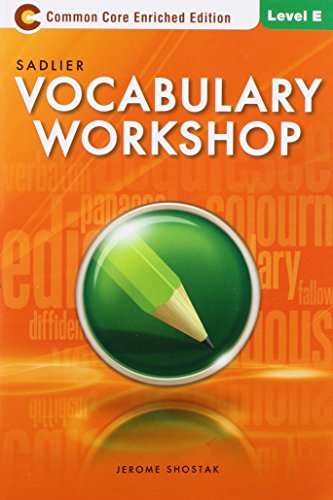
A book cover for Vocabulary Workshop: Enriched Edition: Student Edition: Level E (Grade 10); Jerome Shostak; Reference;